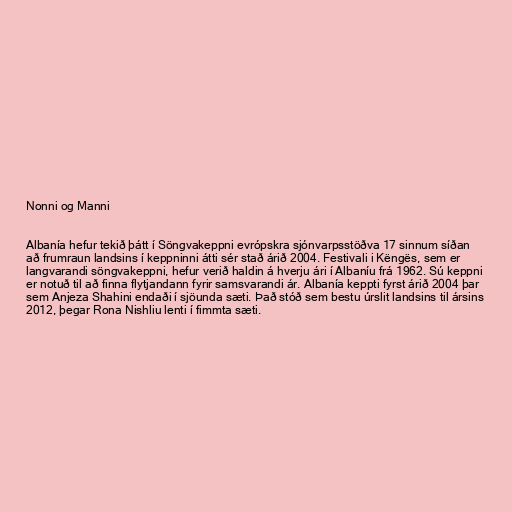
Nonni og Manni

Albanía hefur tekið þátt í Söngvakeppni evrópskra sjónvarpsstöðva 17 sinnum síðan
að frumraun landsins í keppninni átti sér stað árið 2004. Festivali i Këngës, sem er
langvarandi söngvakeppni, hefur verið haldin á hverju ári í Albaníu frá 1962. Sú keppni
er notuð til að finna flytjandann fyrir samsvarandi ár. Albanía keppti fyrst árið 2004 þar
sem Anjeza Shahini endaði í sjöunda sæti. Það stóð sem bestu úrslit landsins til ársins
2012, þegar Rona Nishliu lenti í fimmta sæti.